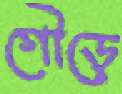
গৌড়ে